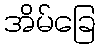
အိမ်ခြေ